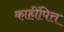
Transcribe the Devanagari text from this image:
काहींपित्त